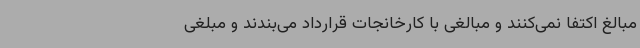
مبالغ اکتفا نمی‌کنند و مبالغی با کارخانجات قرارداد می‌بندند و مبلغی